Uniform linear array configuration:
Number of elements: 8
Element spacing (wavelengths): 0.75
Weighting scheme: blackman
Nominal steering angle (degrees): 45
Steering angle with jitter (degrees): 46.041
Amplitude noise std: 0.05
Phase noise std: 0.05

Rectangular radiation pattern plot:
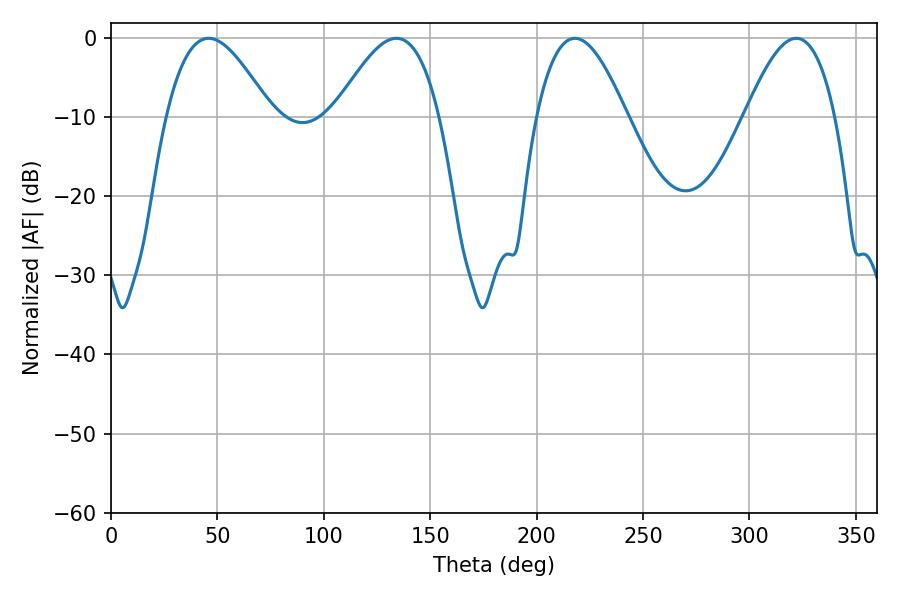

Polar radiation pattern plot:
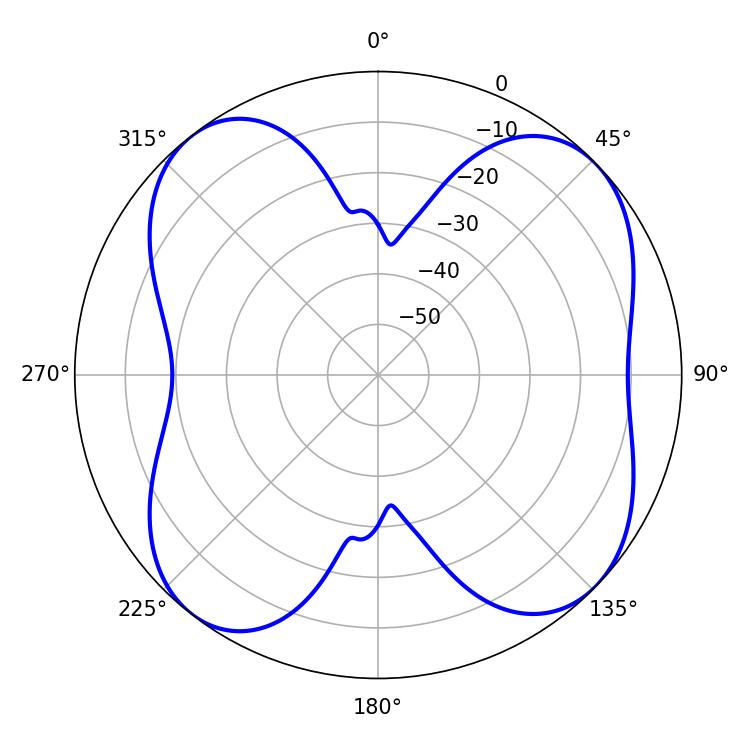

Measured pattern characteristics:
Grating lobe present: TRUE
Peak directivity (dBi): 9.656
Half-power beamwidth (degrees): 23.04
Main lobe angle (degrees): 217.98